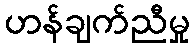
ဟန်ချက်ညီမှု